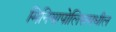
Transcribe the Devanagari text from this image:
मिनियापोलिसमधील